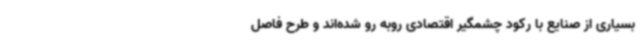
بسیاری از صنایع با رکود چشمگیر اقتصادی روبه رو شده‌اند و طرح فاصل